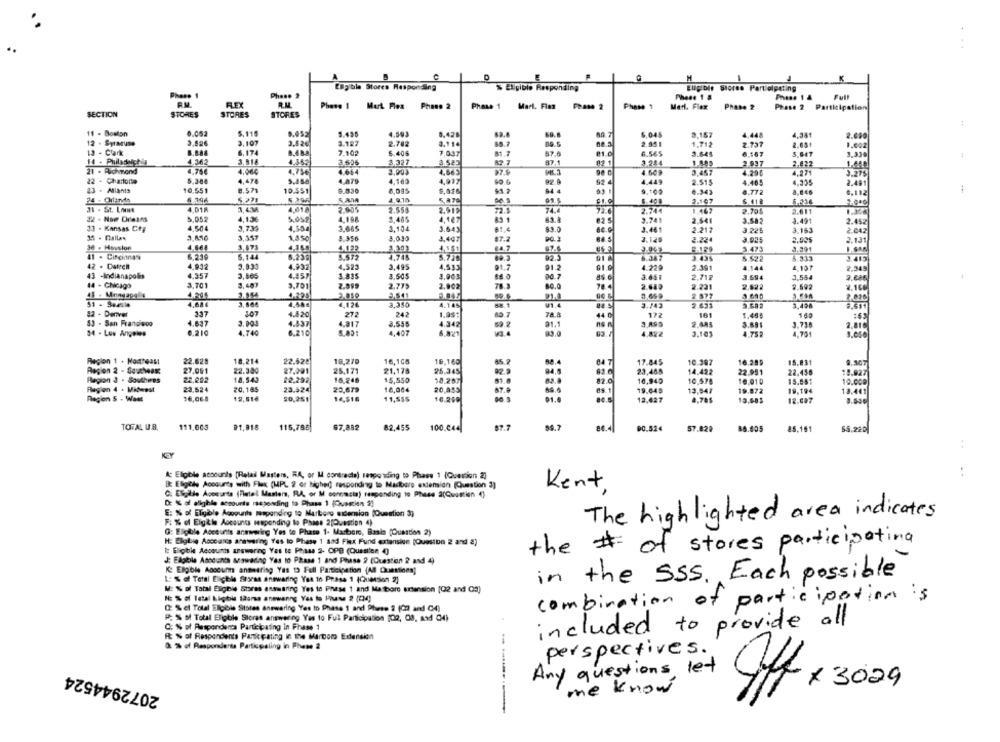
M
K
Engible Stores Responding
% Eligible Responding
Eligible Stores Participating
Phone 1
Phase 2
Phede 1.&
REX
Phase 1 Mart Flex Phone 2
Phone 1 Mart. Finn Phase 2
Phase 1
Mar. Flex Phase 2
Phase 2 Participation
SECTION
STORES
STORES
STORES
11 - Boston
0.052
5. 119
5.45:
5.435
4.593
60.7
5.045
9.157
4,448
4,341
12 . Syracuse
3.826
3.107
3.127
2.782
2.090
8.11
2.951
2.737
1.002
13 . Clark
6,174
7.102
6.406
1,037
87.6
6.565
3.645
6.167
5.947
4.362
3.818
3,327
87.1
82 1
3.284
2.937
2,422
21 . Richmond
4,75€
4.060
4,75€
4.004
4.66
4.609
3.451
4.29₺
4.271
3.275
22 - Charlotta
5,388
4,478
4,879
4,163
4,99
92 4
4.449
2.515
4.465
4.325
2.401
23 . Allants
10.551
8.571
10.5$1
9.330
6,09%
51.2
94 4
9.100
8.772
8,646
6.112
4,9.15
5.418
4.018
4.018
2.905
2.553
2.744
31 . St. Los
2,51
2.70$
2.611
22 . Now Orleans
5.052
4,1.36
5.05.2
4,198
5.485
4,447
62 5
3.741
2.541
3.582
2.452
33 - Kansas City
4.504
4,504
3.665
3,104
3.643
81.4
83.0
60.0
3.461
2.21
3 .225
3.163
2.042
34 - Dallas
3.357
1,850
8.356
3.030
1.447
87.2
3.120
2.131
30 . Houston
4,664
3,471
67.6
3.473
B.SMA
41 . Cincinnati
6.230
5.144
5.239
5.572
82.3
6.087
5.522
5.333
42 . Datren
4,932
3,833
4.932
4.523
3,495
4.515
21.2
91.2
4.229
2.391
4.144
4.107
2.345
43 -Indianapolis
4.357
3,865
4,857
3.835
3.505
DO.7
3.651
3.694
3.56
44 - Chicago
3.701
3,60
3.701
2.775
2,8
14
2.640
2.231
2.622
2.60
46 . Mengage &
3.699
4,68€
4.126
3.350
4.145
V1.4
3.443
2.633
3.490
272
52 - Denver
337
4.420
242
1.as
40 7
78.8
172
161
1.495
53 - San Francisco
3.00
4.437
4.917
3.556
52.2
31.1
3.891
3.738
2.81
34 - Los Angeles
0,210
4.740
6.210
4,407
93.0
4.82₺
3,103
4.75₽
4.701
Region 1 . Northeast
22.628
18,214
22.52₺
18,270
16,105
10,160
04'
17.845
10.387
16.289
15.831
9.307
Region 2 - Soucheas
27,091
22.340
27,001
25,171
21.175
26.345
23.488
14.422
22.951
22,456
19.927
Region J . Southires
22,202
18,543
22,292
18.246
15,550
10.287
12.0
10,940
10.010
15.651
10.000
Region 4 . Midwest
23.524
20.165
23.524
20.679
16,004
20.953
87.9
09.1
19.045
13.541
19.872
19.194
13.441
Region 5 - Want
76,068
19,516
20.251
14,516
11,55$
16.200
80.5
91.4
12.427
13.485
12.607
TOTAL U.B.
111,003
91,818
115,786
97.882
82,455
100.044
87.7
DC.524
57.829
88.005
85.161
55.220
KEY
A: Eligible accounts [Retail Masters, RA, or M contracte) responding to Phase 1 (Question 2)
BE Eligible Accounts with Flex (MPL 2 or higher) responding to Masibere extension (Question 3]
Kent
C. Elgilde Accounts (Flertal Masters, RA, or M conemcis) responding to Phase S(Question ()
D: % of alighi -courts responding to Phase 1 (Cueszien 2)
E: % of Eligible Acopunta mapending to Marboro extension (Question 3)
The highlighted area indicates
F: % of Eig&is Accounts responding to Phase 2[Question 4)
G: Eligible Accounts anmwirg Yes to Phase 1- Masboro, Basis (Question 2)
H: Eligbie Acccanis aresering Yes to Phase 1 sad Fiex Fund extension [Question 2 and a)
I: Eligible Accounts answering Vas to Phase 2. OPB (Quasien ()
the # of stores participating
J: Elalole Amounts answering Vas to Phase 1 and Phase 2 (Cuestion 2 and 4)
K: Elgole Accounts annetfing Yas 19 Full Participation (Al Questions)
L: % of Tetal Eligible Storas anewaring You to Prase 1 (Quesion 2]
in the SSS. Each possible
M: % of Total Eligible Stores astraaring Yes to Phase 1 and Matboro krtension [02 and (a)
combination of participation is
Q: % el Total Elpois Stores answering Yes to Phase 1 and Phase 2 (02 and C4)
P. S of Total Eligible Storas answering Yes to Full Participation [02, 08, and 04)
included to provide all
Q: % of Respondents Participating in Phase 1
Rt % of Respondents Participating in the Martoro Extension
I: % of Respondenta Participating in Phase 2
perspectives .
2072944524
Any questions, let
x 3029
me know